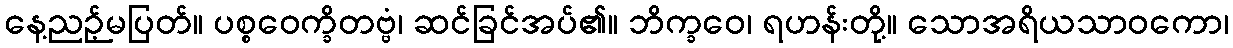
နေ့ညဉ့်မပြတ်။ ပစ္စဝေက္ခိတဗ္ဗံ၊ ဆင်ခြင်အပ်၏။ ဘိက္ခဝေ၊ ရဟန်းတို့။ သောအရိယသာဝကော၊